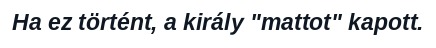
Ha ez történt, a király "mattot" kapott.